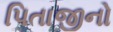
પિતાજીનો